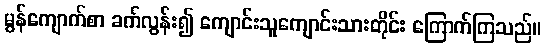
မွန်ကျောက်စာ ခက်လွန်း၍ ကျောင်းသူကျောင်းသားတိုင်း ကြောက်ကြသည်။